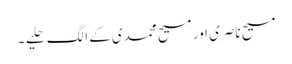
مسیح ناصری اور مسیح محمدی کے الگ حلیے ۔